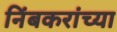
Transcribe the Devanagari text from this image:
निंबकरांच्या